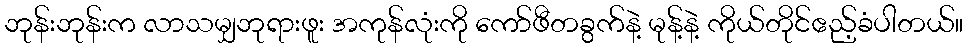
ဘုန်းဘုန်းက လာသမျှဘုရားဖူး အကုန်လုံးကို ကော်ဖီတခွက်နဲ့ မုန့်နဲ့ ကိုယ်တိုင်ဧည့်ခံပါတယ်။